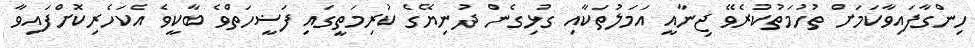
ހިންގާފައިވާކަމަށް ތުހުމަތުކުރެވޭ ޖިނާއީ އަމަލުތަކާއި ގުޅިގެން ދުނިޔޭގެ ކުރިމަތީގައި ފަޟީހަތްވެ ބާކީވެ އެކަހެރިކޮށްފައިވާ